Civil Veterinary Dept. Bombay admin report 1923-31 - 1923-1931
Year: 1923
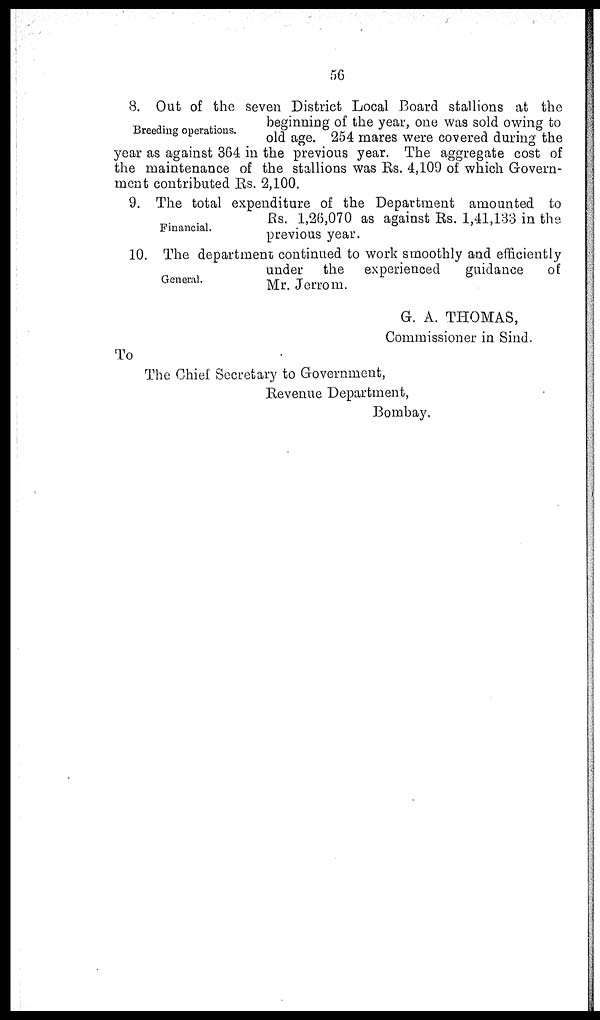
56
Breeding operations.
8. Out of the seven District Local Board stallions at the
beginning of the year, one was sold owing to
old age. 254 mares were covered during the
year as against 364 in the previous year. The aggregate cost of
the maintenance of the stallions was Rs. 4,109 of which Govern-
ment contributed Rs. 2,100.
Financial.
9. The total expenditure of the Department amounted to
Rs. 1,26,070 as against Rs. 1,41,133 in the
previous year.
General.
10. The department continued to work smoothly and efficiently
under the experienced
guidance
of
Mr. Jerrom.
G. A. THOMAS,
Commissioner in Sind.
To
The Chief Secretary to Government,
Revenue Department,
Bombay.